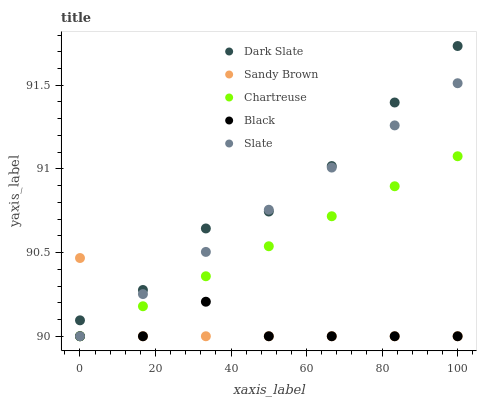
| xaxis_label | Dark Slate | Sandy Brown | Chartreuse | Black | Slate |
 | --- | --- | --- | --- | --- | --- |
 | 0 | 90.1 | 90.5 | 90 | 90 | 90 |
 | 16.7 | 90.3 | 90 | 90.2 | 90 | 90.3 |
 | 33.3 | 90.6 | 90 | 90.4 | 90.2 | 90.5 |
 | 50 | 90.7 | 90 | 90.5 | 90 | 90.8 |
 | 66.7 | 91 | 90 | 90.7 | 90 | 91 |
 | 83.3 | 91.4 | 90 | 90.9 | 90 | 91.3 |
 | 100 | 91.7 | 90 | 91.1 | 90 | 91.5 |